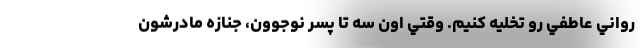
رواني عاطفي رو تخليه كنيم. وقتي اون سه تا پسر نوجوون، جنازه مادرشون